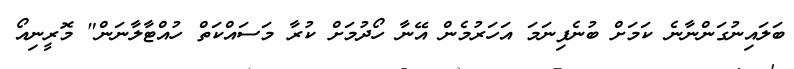
ބަލައިނުގަންނާނެ ކަމަށް ބުނެފިނަމަ އަހަރުމެން އޭނާ ހޯދުމަށް ކުރާ މަސައްކަތް ހުއްޓާލާނަން" މޮރީނިއޯ